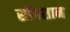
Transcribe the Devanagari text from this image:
सोंगशान